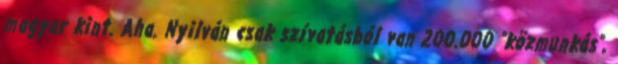
magyar kint. Aha. Nyilván csak szívatásból van 200.000 "közmunkás",